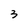
Character: 3